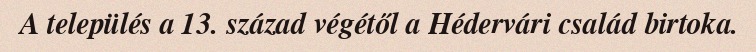
A település a 13. század végétől a Hédervári család birtoka.